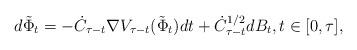
LaTeX: \begin{align*}d\tilde\Phi_t=-\dot{C}_{\tau-t}\nabla V_{\tau-t}(\tilde\Phi_t)dt+\dot{C}_{\tau-t}^{1/2}dB_t,t\in [0,\tau],\end{align*}